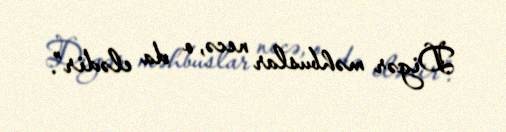
Digər məhbuslar necə, o da elədir”.